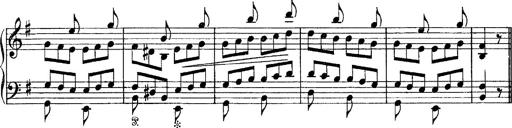
Title: Tarantelle di bravura dâ€™aprÃ¨s la tarantelle de La muette de Portici
Composer: Franz Liszt